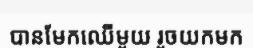
បានមែកឈើមួយ រួចយកមក